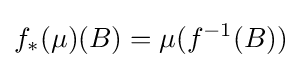
f_{*}(\mu )(B)=\mu (f^{-1}(B))